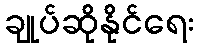
ချုပ်ဆိုနိုင်ရေး